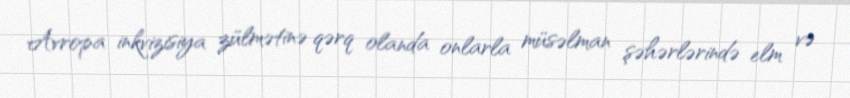
Avropa inkvizisiya zülmətinə qərq olanda onlarla müsəlman şəhərlərində elm və